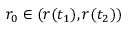
r _ { 0 } \in ( r ( t _ { 1 } ) , r ( t _ { 2 } ) )